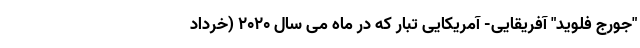
"جورج فلوید" آفریقایی- آمریکایی تبار که در ماه می سال 2020 (خرداد